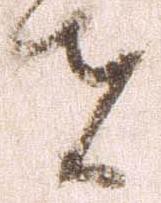
者